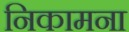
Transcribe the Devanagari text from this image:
निकामना